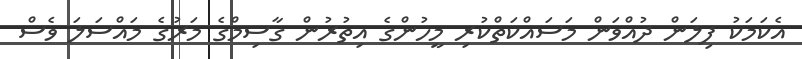
އެކަމަކު ފިލަން ދުއްވަން މަސައްކަތްކުރި މީހުންގެ އިތުރުން ގާސިމްގެ މަރުގެ މައްސަލަ ވެސް